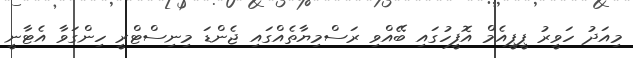
މިއަދު ހަވީރު ޕީޕީއެމް އޮފީހުގައި ބޭއްވި ރަސްމިޔާތެއްގައި ޖެންޑަ މިނިސްޓްރީ ހިންގަވާ އެޓާނީ